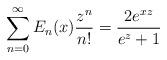
LaTeX: \begin{align*}\sum_{n=0}^{\infty} E_{n}(x) \frac{z^{n}}{n!} = \frac{2 e^{xz}}{e^{z}+1}\end{align*}